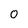
Character: 0